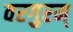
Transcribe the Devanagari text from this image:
वरगुरम्